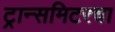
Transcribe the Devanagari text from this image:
ट्रान्समिटरचा